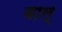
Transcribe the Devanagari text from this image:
वाल्